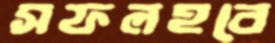
সফলহবে